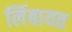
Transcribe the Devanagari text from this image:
लिंबायत